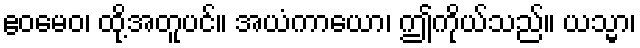
ဧဝမေဝ၊ ထို့အတူပင်။ အယံကာယော၊ ဤကိုယ်သည်။ ယသ္မာ၊